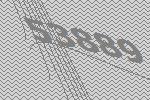
53889